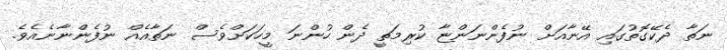
ނަތާ ދެކޭގޮތުގައި އޭނާއަށް ނުފެންނަންޏާ ކުރިމަތީ ދެން ހުންނަ މީހަކަށްވެސް ނަތާއެއް ނުފެންނާނެއެވެ.